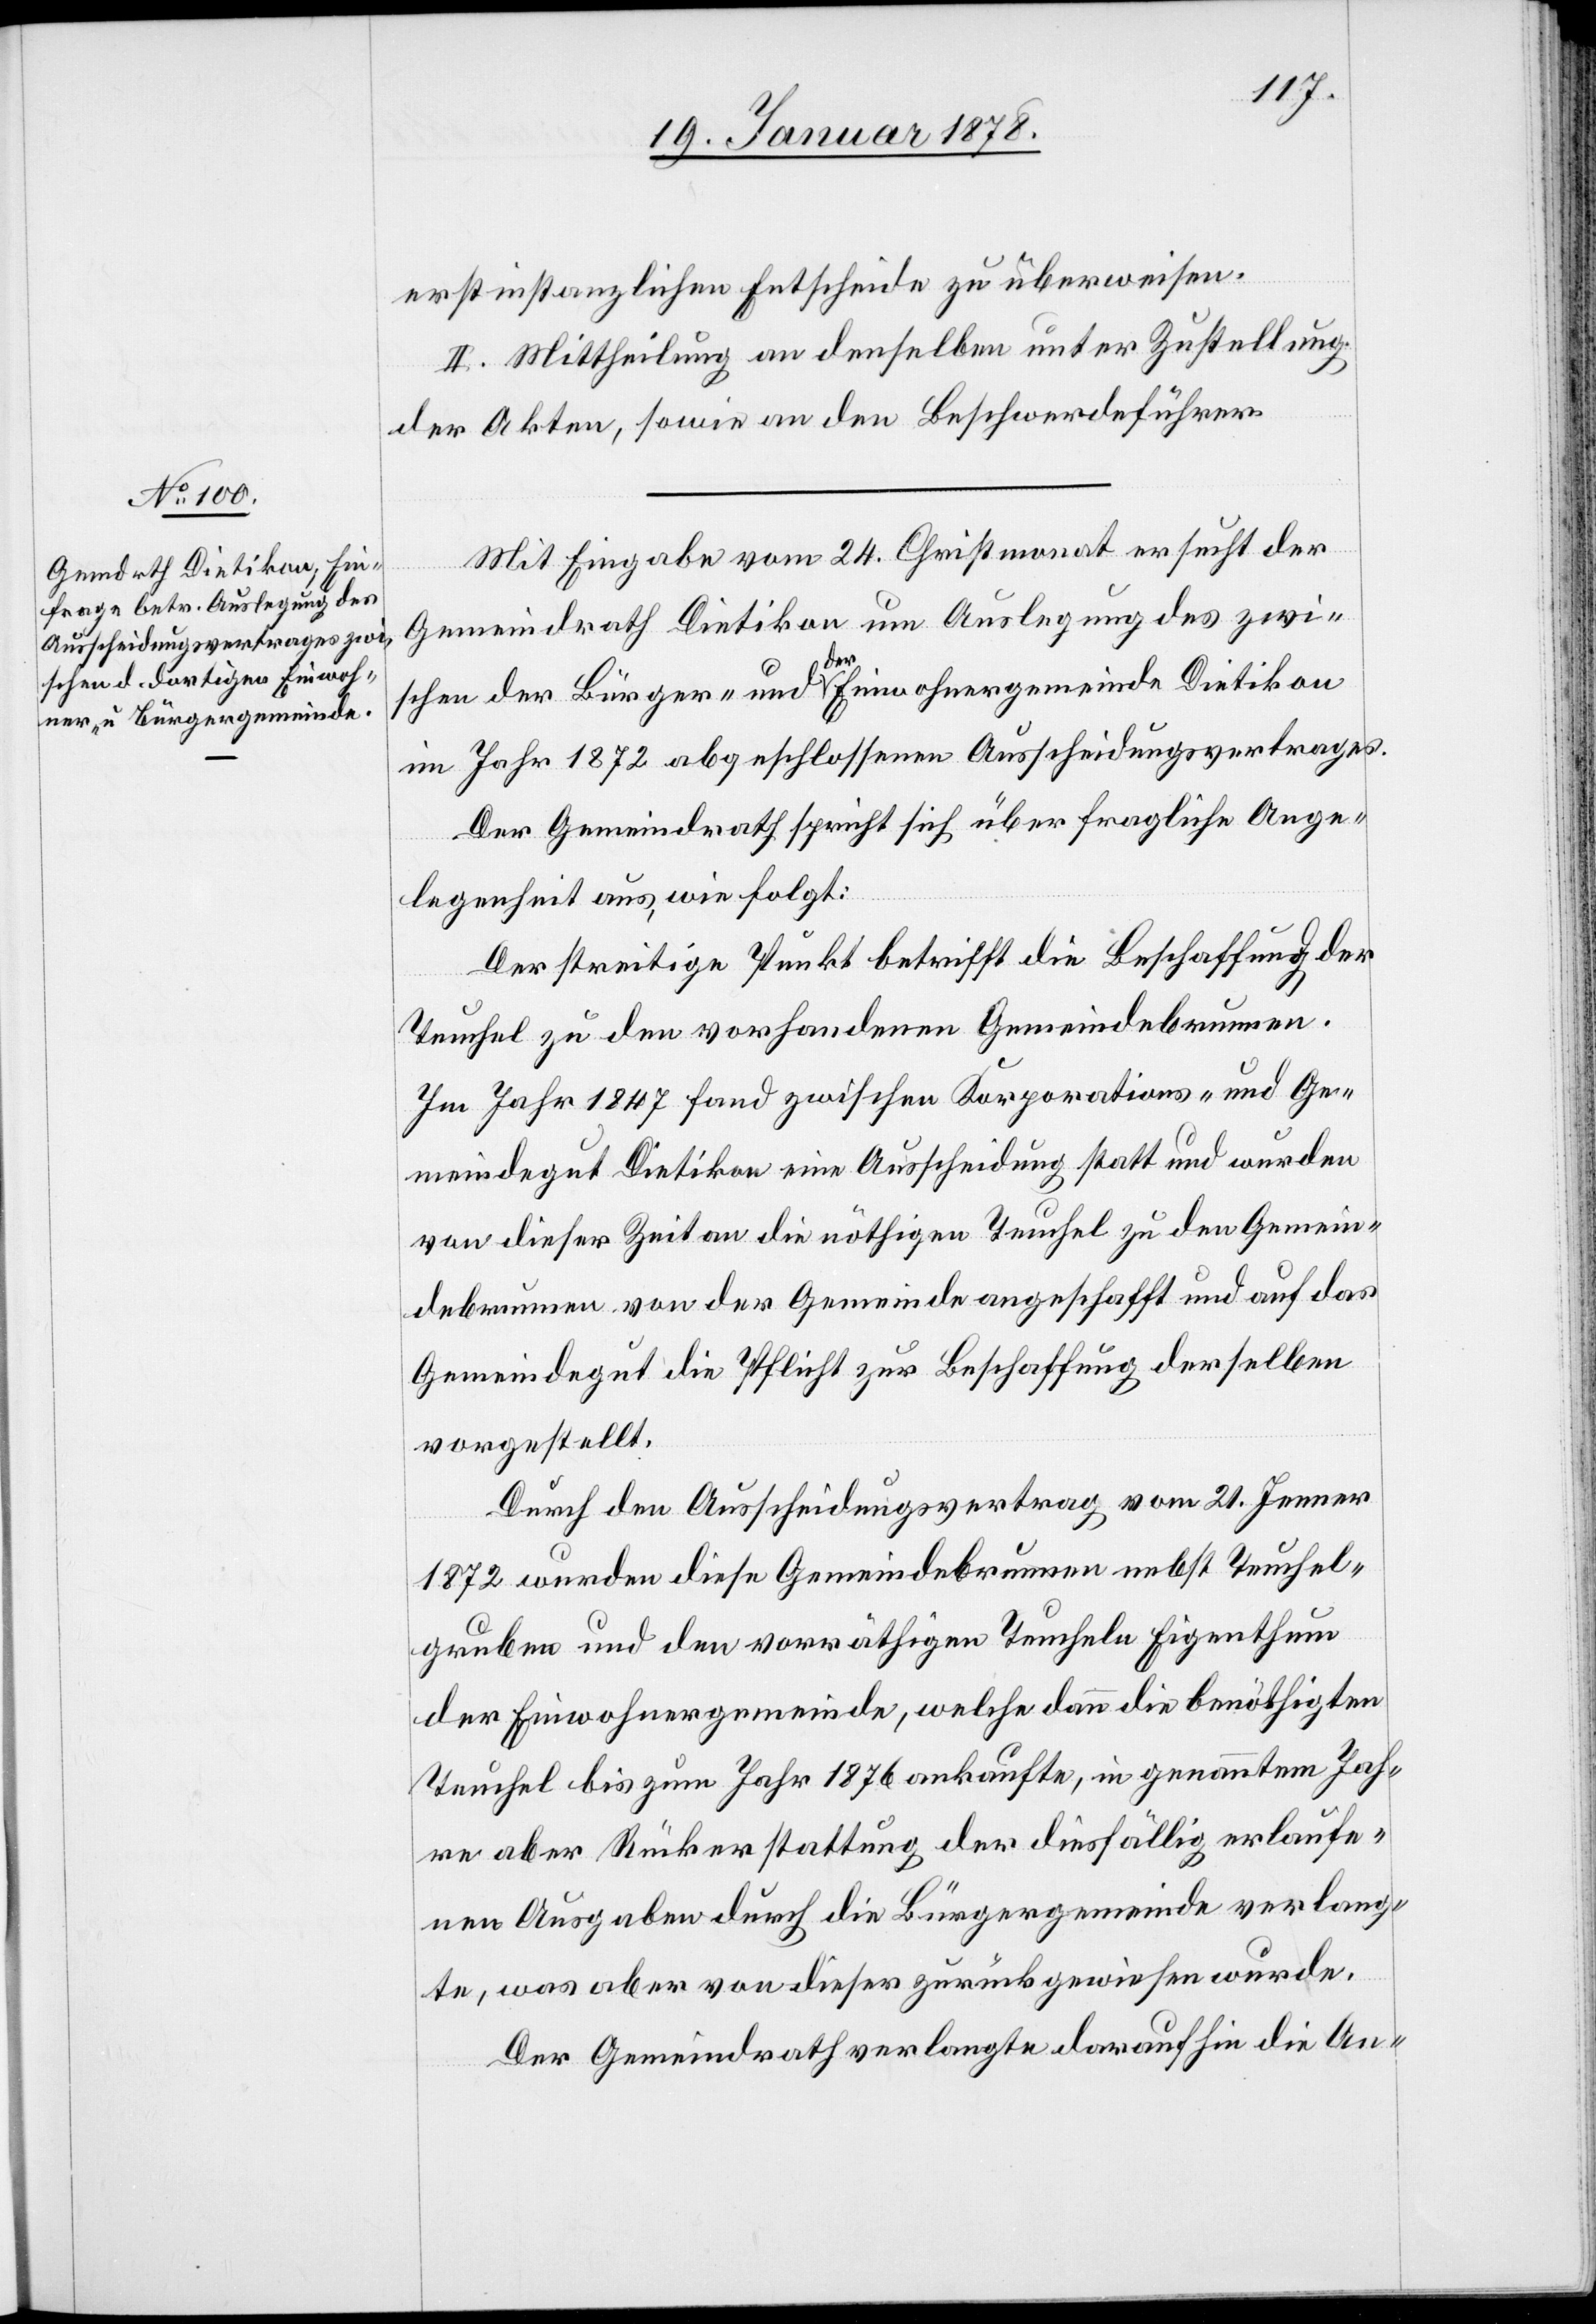
erstinstanzlichen Entscheide zu überweisen.
II. Mittheilung an denselben unter Zustellung
der Akten, sowie an den Beschwerdeführer.
Mit Eingabe vom 24. Christmonat ersucht der
Gemeindrath Dietikon um Auslegung des zwi¬
schen der Bürger- und a-der-a Einwohnergemeinde Dietikon
im Jahr 1872 abgeschlossenen Ausscheidungsvertrages.
Der Gemeindrath spricht sich über fragliche Ange¬
legenheit aus, wie folgt:
Der streitige Punkt betrifft die Beschaffung der
Teuchel zu den vorhandenen Gemeindebrunnen.
Im Jahr 1847 fand zwischen Korporations- und Ge¬
meindegut Dietikon eine Ausscheidung statt und wurden
von dieser Zeit an die nöthigen Teuchel zu den Gemein¬
debrunnen von der Gemeinde angeschafft und auf das
Gemeindegut die Pflicht zur Beschaffung derselben
vorgestellt.
Durch den Ausscheidungsvertrag vom 21. Jenner
1872 wurden diese Gemeindebrunnen nebst Teuchel¬
gruben und den vorräthigen Teucheln Eigenthum
der Einwohnergemeinde, welche dann die benöthigten
Teuchel bis zum Jahr 1876 ankaufte, in genannten Jah¬
re aber Rückerstattung der diesfällig verlaufe¬
nen Ausgaben durch die Bürgergemeinde verlang¬
te, was aber von dieser zurückgewiesen wurde.
Der Gemeindrath verlangte daraufhin die An-